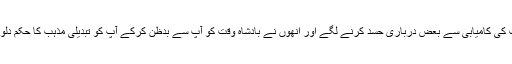
آپ کی کامیابی سے بعض درباری حسد کرنے لگے اور انھوں نے بادشاہ وقت کو آپ سے بدظن کرکے آپ کو تبدیلی مذہب کا حکم دلوایا۔